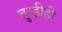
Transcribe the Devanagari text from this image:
तुम्हीही